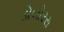
ડોલોરસ